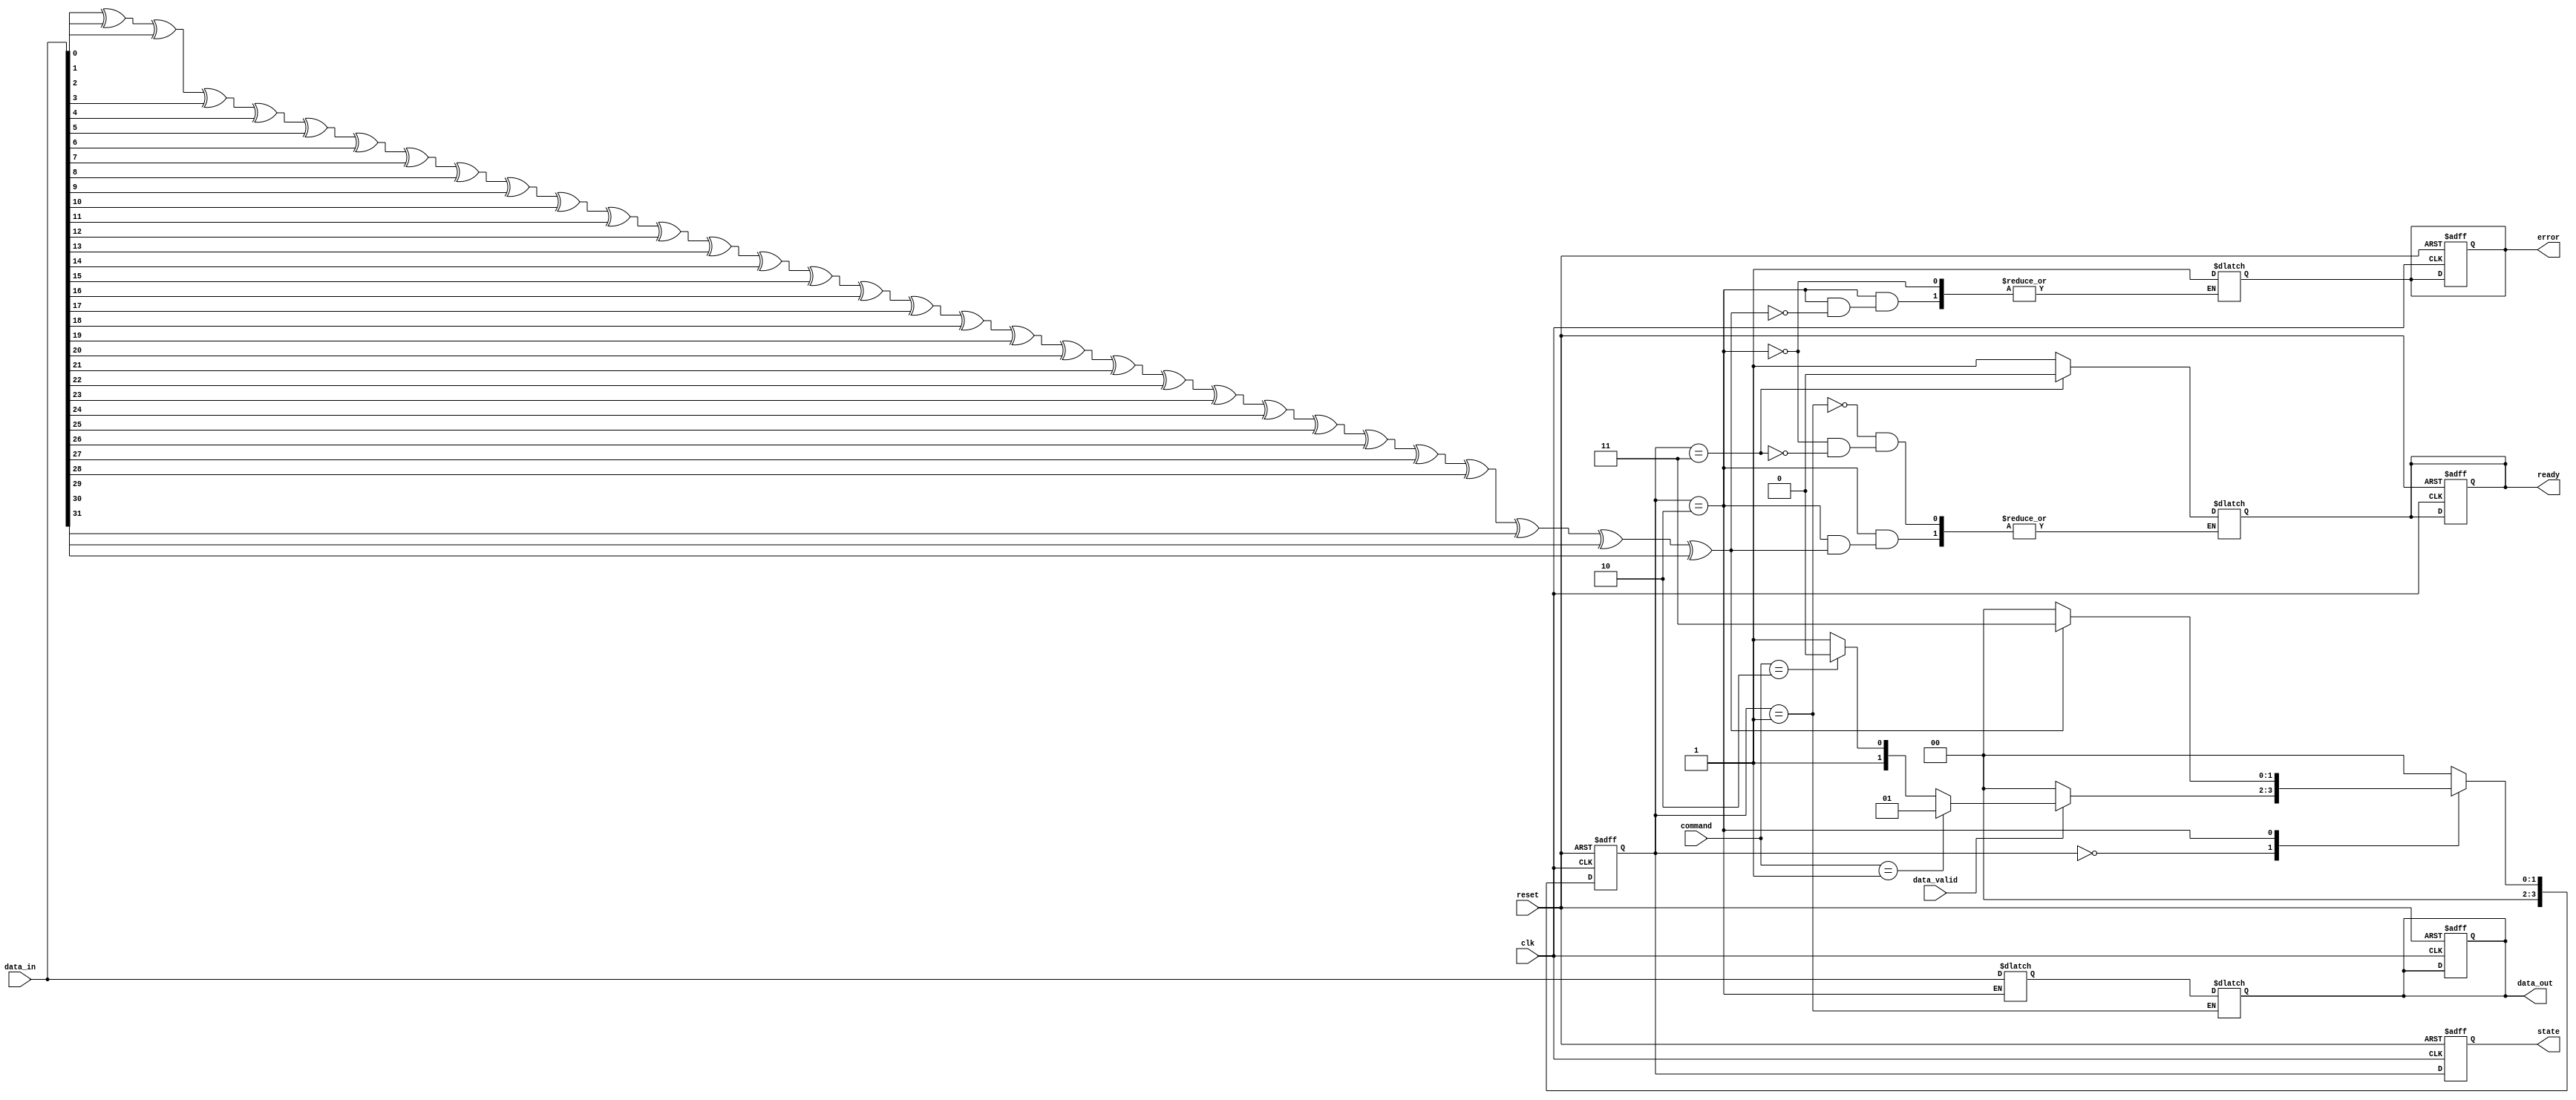
module SSD_IO_Block (
    input wire clk,
    input wire reset,
    input wire [31:0] data_in,
    input wire [3:0] command, // Commands: 4'b0001 = READ, 4'b0010 = WRITE, 4'b0011 = ERASE
    input wire data_valid,
    output reg [31:0] data_out,
    output reg ready,
    output reg error,
    output reg [3:0] state // State output for debugging
);

    // State Encoding
    localparam IDLE = 4'b0000;
    localparam READ = 4'b0001;
    localparam WRITE = 4'b0010;
    localparam ERROR = 4'b0011;

    // Internal signals
    reg [31:0] data_buffer;
    reg [3:0] current_state, next_state;

    // Error detection and correction (simple parity check for demonstration)
    function parity_check(input [31:0] data);
        integer i;
        reg [31:0] temp;
        begin
            temp = data;
            parity_check = 0;
            for (i = 0; i < 32; i = i + 1) begin
                parity_check = parity_check ^ temp[i];
            end
        end
    endfunction

    // State Machine
    always @(posedge clk or posedge reset) begin
        if (reset) begin
            current_state <= IDLE;
            ready <= 1'b1;
            error <= 1'b0;
            data_out <= 32'b0;
            state <= IDLE;
        end else begin
            current_state <= next_state;
            state <= current_state;
        end
    end

    // Next State Logic
    always @(*) begin
        case (current_state)
            IDLE: begin
                if (data_valid) begin
                    if (command == 4'b0001) begin // READ
                        next_state = READ;
                    end else if (command == 4'b0010) begin // WRITE
                        next_state = WRITE;
                    end else begin
                        next_state = ERROR; // Invalid command
                    end
                end else begin
                    next_state = IDLE;
                end
            end
            READ: begin
                // Simulate read operation from NAND flash
                data_out = data_buffer; // Assume data buffer is filled
                ready = 1'b1;
                next_state = IDLE;
            end
            WRITE: begin
                // Simulate write operation to NAND flash
                data_buffer = data_in; // Buffer incoming data
                if (parity_check(data_buffer) == 1'b0) begin
                    // If no error, proceed
                    ready = 1'b1;
                    next_state = IDLE;
                end else begin
                    error = 1'b1; // Set error flag
                    next_state = ERROR;
                end
            end
            ERROR: begin
                ready = 1'b0;
                // Handle error condition (could reset or log error)
                next_state = IDLE;
            end
            default: next_state = IDLE;
        endcase
    end

endmodule